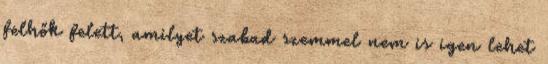
felhők felett, amilyet szabad szemmel nem is igen lehet